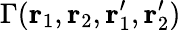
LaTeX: \Gamma({\mathbf r}_{1},{\mathbf r}_{2},{\mathbf r}_{1}^{\prime},{\mathbf r}_{2}^{\prime})